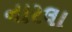
નારલા